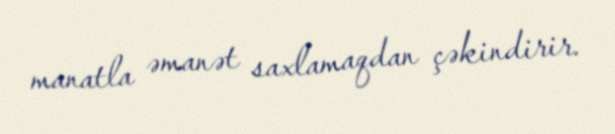
manatla əmanət saxlamaqdan çəkindirir.